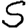
Digit: 5